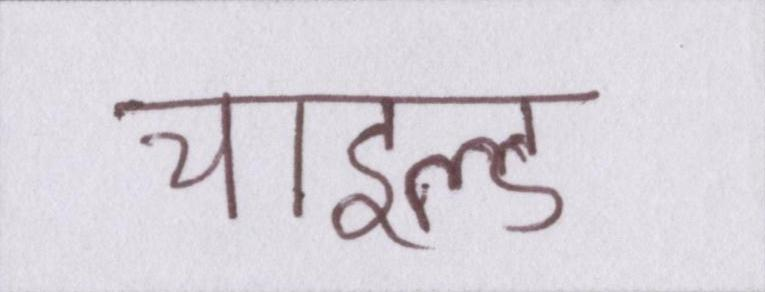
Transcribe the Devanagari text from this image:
चाइल्ड